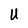
Character: U